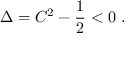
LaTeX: \Delta = C ^ { 2 } - { \frac { 1 } { 2 } } < 0 \ .